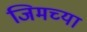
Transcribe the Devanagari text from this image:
जिमच्या